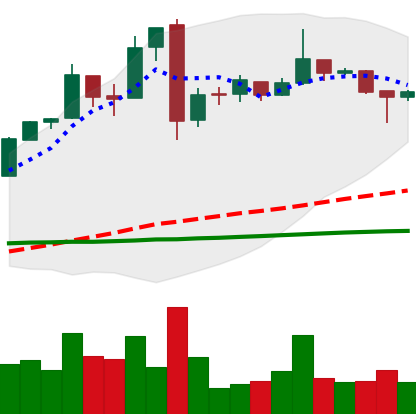
Ticker: BTC-USD
Chart end date: 2016-11-14
Forward return: 6.609%
Label: up_5_7